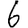
Digit: 6